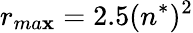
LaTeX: r_{ma\mathbf{x}}=2.5(n^{*})^{2}